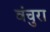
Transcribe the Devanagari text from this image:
वंचुरा